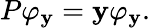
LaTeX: P\varphi_{\mathbf{y}}=\mathbf{y}\varphi_{\mathbf{y}}.